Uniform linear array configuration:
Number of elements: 4
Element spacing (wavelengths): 0.25
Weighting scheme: exponential
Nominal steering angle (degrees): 30
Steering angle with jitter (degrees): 30.006
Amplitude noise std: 0.05
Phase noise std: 0.05

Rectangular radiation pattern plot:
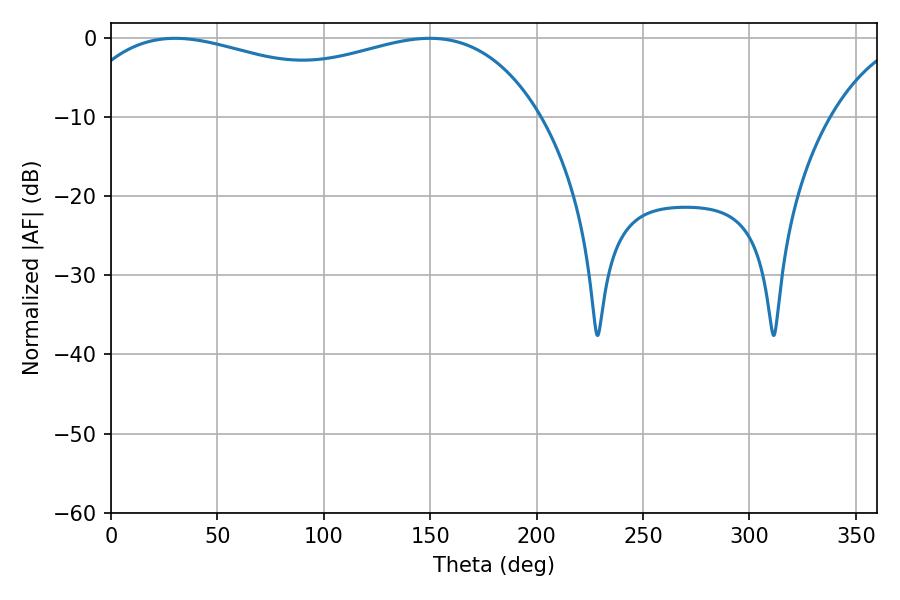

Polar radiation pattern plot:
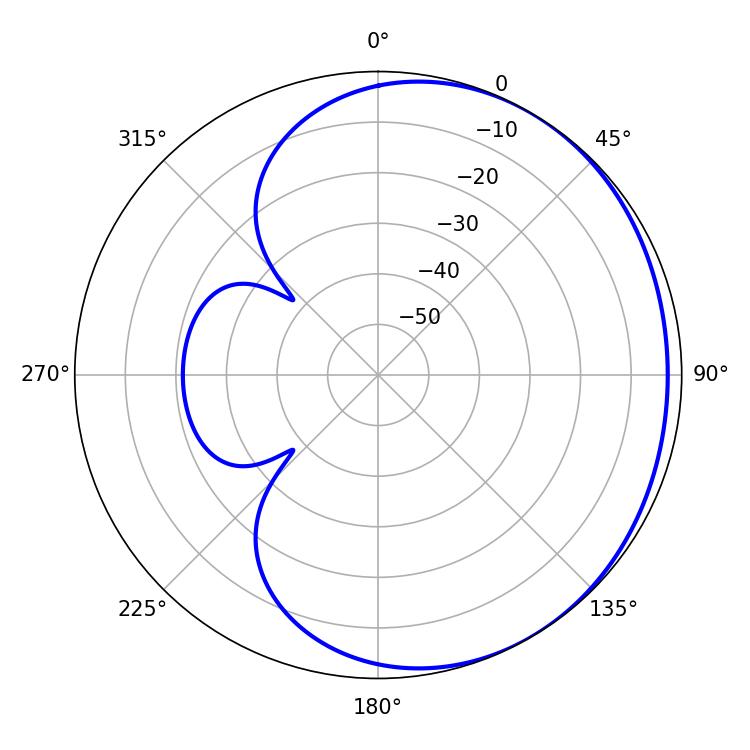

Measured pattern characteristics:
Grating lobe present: FALSE
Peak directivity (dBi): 1.468
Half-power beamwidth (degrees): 180.9
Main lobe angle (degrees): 30.24